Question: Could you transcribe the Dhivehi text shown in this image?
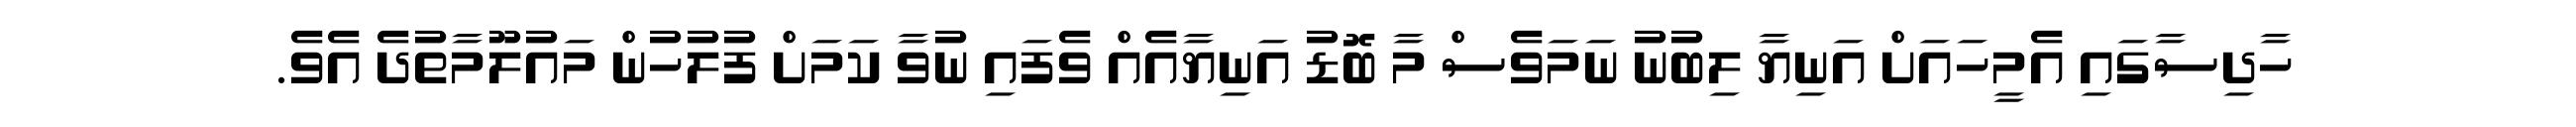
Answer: ހާދިސާގައި އެމީހައަށް އަނިޔާ ލިބުނު ނަމަވެސް މާ ބޮޑު އަނިޔާއެއް ވެފައި ނުވާ ކަމަށް ފުލުހުން މައުލޫމާތުދެ އެވެ.